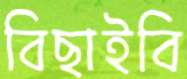
বিছাইবি